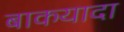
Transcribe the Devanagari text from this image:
बाकयादा